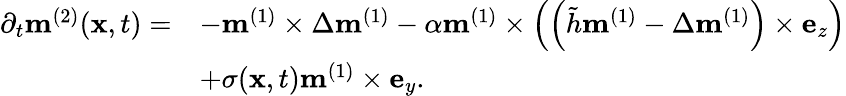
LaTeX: \begin{array}{rl}{\partial_{t}\mathbf{m}^{(2)}(\mathbf{x},t)=}&{-\mathbf{m}^{(1)}\times\Delta\mathbf{m}^{(1)}-\alpha\mathbf{m}^{(1)}\times\left(\left(\tilde{h}\mathbf{m}^{(1)}-\Delta\mathbf{m}^{(1)}\right)\times\mathbf{e}_{z}\right)}\\ &{+\sigma(\mathbf{x},t)\mathbf{m}^{(1)}\times\mathbf{e}_{y}.}\end{array}